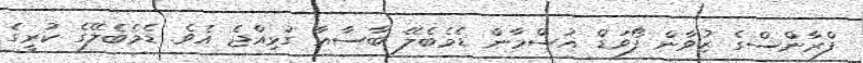
ފްރާންސްގެ ޒުވާން ފޯވަޑް އުސްމާން ޑެމެބެލޭ ބާސާއާ ގުޅިއްޖެ އެވެ. ޑެމެބެލޭގެ ކުރީގެ